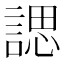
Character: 諰